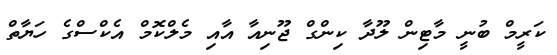
ކަރީމް ބުނީ މާޓިން ލޫދާ ކިންގް ޖޫނިއާ އާއި މެލްކޮމް އެކްސްގެ ހަޔާތް